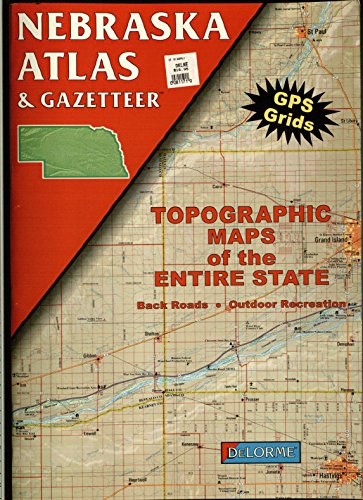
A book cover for Nebraska Atlas & Gazetteer; Delorme Mapping Company; Travel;